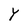
Character: Y